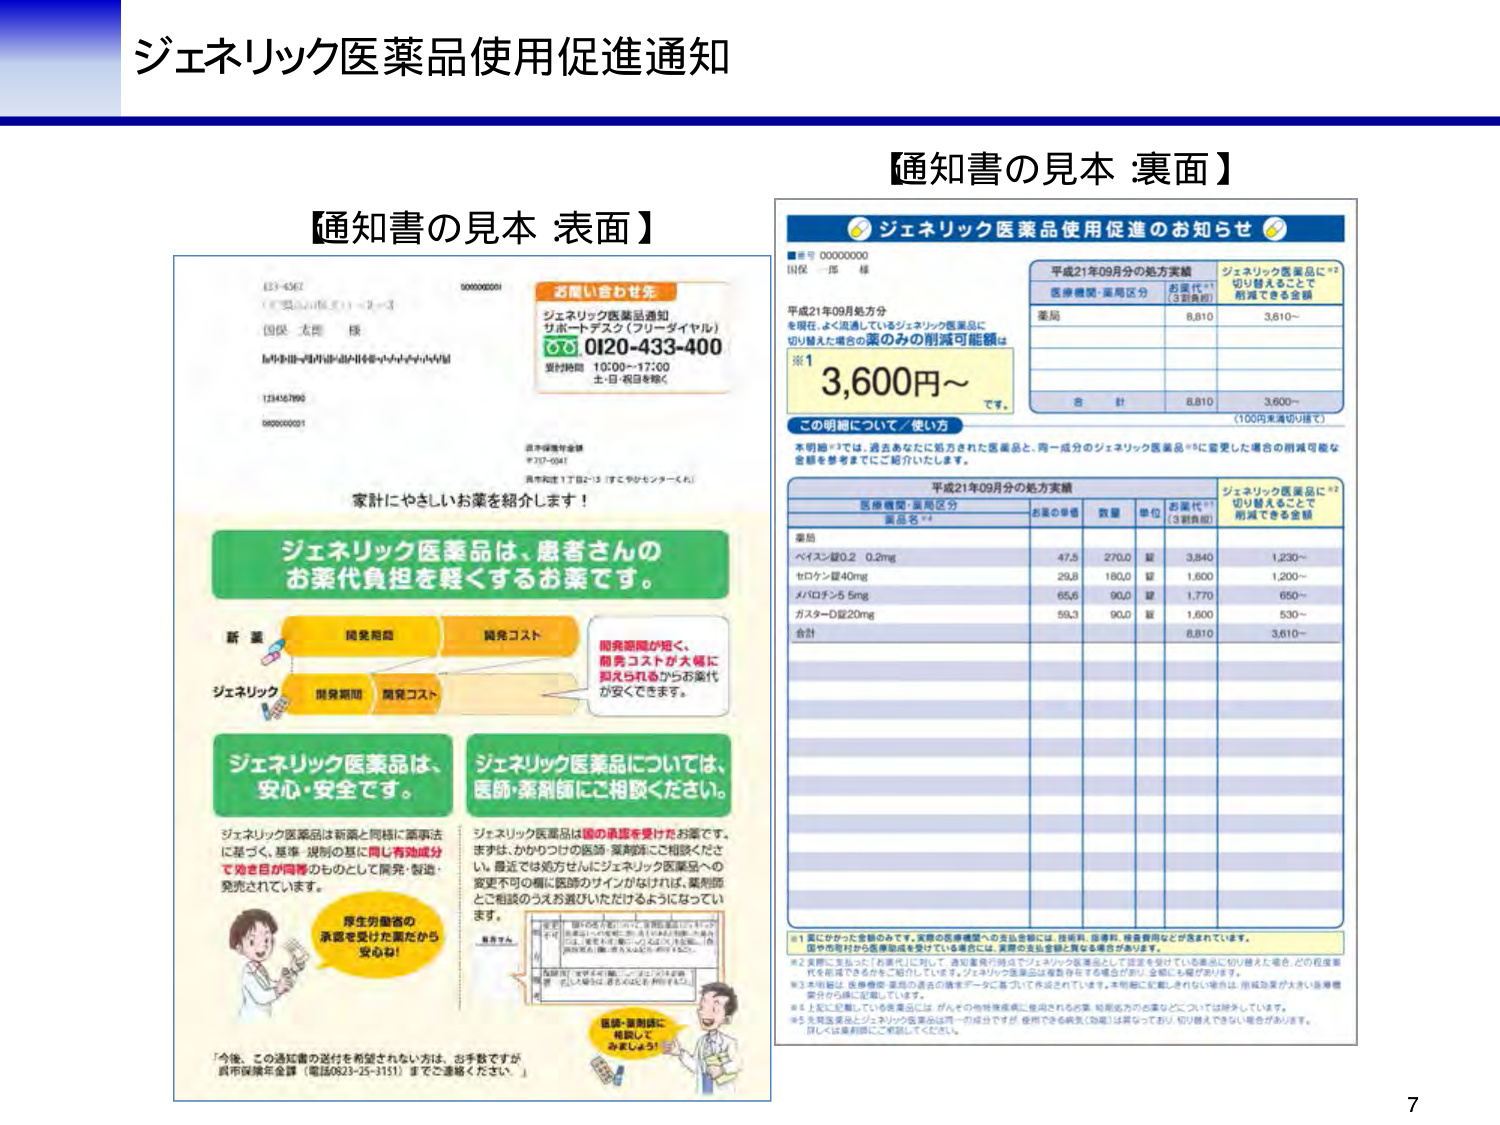
ジェネリック医薬品使用促進通知

【通知書の見本 表面】

833-4567
（〒900-0000）ー2ー3
国保 太郎 様
（中略）

1734167890
08000000001

お問い合わせ先
ジェネリック医薬品通知
サポートデスク（フリーダイヤル）
☎ 0120-433-400
受付時間 10:00～17:00
土・日・祝日を除く

【市保健年金課 〒707-0047 市内町2丁目2-3 ほてやかセンター内】

家計にやさしいお薬を紹介します！

ジェネリック医薬品は、患者さんのお薬代負担を軽くするお薬です。

新薬
開発期間
開発コスト

ジェネリック
開発期間
開発コスト

開発期間が短く、
開発コストが大幅に
抑えられるからお薬代
が安くなります。

ジェネリック医薬品は、
安心・安全です。

ジェネリック医薬品は新薬と同様に薬事法
に基づく、基準・規則の基に同じ有効成分
で効き目が同等のものとして開発・製造・
発売されています。

厚生労働省の
承認を受けた薬だから
安心ね！

ジェネリック医薬品については、
医師・薬剤師にご相談ください。

ジェネリック医薬品は国の承認を受けたお薬です。
まずは、かかりつけの医師・薬剤師にご相談ください。
最近では処方せんにジェネリック医薬品への
変更不可の欄に医師のサインがなければ、薬剤師
とご相談のうえお選びいただけるようになって
ます。

薬局さん
「お薬代が下がるの？」「ジェネリック医薬品って何？」「効き目は同じ？」「安全？」「副作用は？」「処方せんにサインがないとどうなるの？」「ジェネリック医薬品って、薬局で選べるの？」「処方せんにサインがないとどうなるの？」

医師・薬剤師に
相談して
みましょう！

「今後、この通知書の送付を希望されない方は、お手数ですが
市保健年金課（電話0823-25-3151）までご連絡ください。」

【通知書の見本 裏面】

ジェネリック医薬品使用促進のお知らせ

■番号 00000000
国保 一郎 様

平成21年09月分の処方実績

医療機関・薬局区分
お薬代※1
（3割負担）
ジェネリック医薬品に※2
切り替えることで
削減できる金額

薬局
8,810
3,610～

※1
3,600円～
です。

この明細について／使い方

本明細※3では、過去あなたに処方された医薬品と、同一成分のジェネリック医薬品※5に変更した場合の削減可能な
金額を参考までにご紹介いたします。

平成21年09月分の処方実績

医療機関・薬局区分
薬品名※4
お薬の単価
数量
単位
お薬代※1
（3割負担）
ジェネリック医薬品に※2
切り替えることで
削減できる金額

薬局
ベイサン錠0.2 0.2mg
47.5
270.0
錠
3,840
1,230～

セロコン錠40mg
29.8
180.0
錠
1,600
1,200～

メバロン5 5mg
65.6
90.0
錠
1,770
650～

ガスターD錠20mg
59.3
90.0
錠
1,600
530～

合計
8,810
3,610～

（100円未満切り捨て）

※1 薬にかかった金額のみです。実際の医療機関への支払金額には、技術料、指導料、検査費用などが含まれています。
国や市町村から医療費助成を受けてもいる場合には、実際の支払金額と異なります。

※2 実際に支払ったお薬代に対して、通知書等の時点でジェネリック医薬品として認定を受けている薬品に切り替えた場合、どの程度薬
代を削減できるかをご紹介しています。ジェネリック医薬品は保険料を含む場合があり、金額にも幅があります。

※3 本明細は、医療機関・薬局の過去の処方データに基づいて作成されています。本明細に記載されていない薬品は、削減効果が大きい医療機
関分から順に記載しています。

※4 上記に記載している医薬品には、がんその他特殊疾患に使用されるお薬、短期処方のお薬などについては除いています。

※5 先発医薬品とジェネリック医薬品は同一の成分ですが、使用できる病気（効能）は異なっており、切り替えできない場合があります。
詳しくは薬剤師にご相談ください。

7